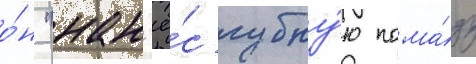
о́н "нан'ё́с губну́ю пома́ду